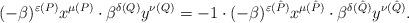
LaTeX: \begin{align*}(-\beta)^{\varepsilon(P)}x^{\mu(P)}\cdot \beta^{\delta(Q)}y^{\nu(Q)}=-1\cdot(-\beta)^{\varepsilon(\hat P)}x^{\mu(\hat P)}\cdot \beta^{\delta(\hat Q)}y^{\nu(\hat Q)}.\end{align*}